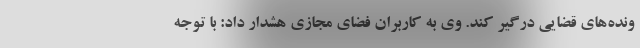
ونده‌های قضایی درگیر کند. وی به کاربران فضای مجازی هشدار داد: با توجه